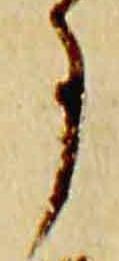
事